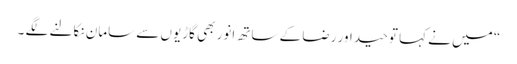
“ میں نے کہا توحید اور رضا کے ساتھ انور بھی گاڑیوں سے سامان نکالنے لگے ۔